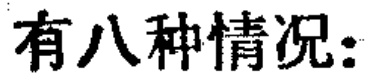
有八种情况：